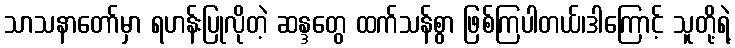
သာသနာတော်မှာ ရဟန်းပြုလိုတဲ့ ဆန္ဒတွေ ထက်သန်စွာ ဖြစ်ကြပါတယ်၊ဒါကြောင့် သူတို့ရဲ့